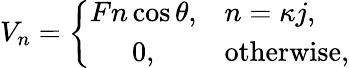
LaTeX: \begin{array}{r}{V_{n}=\left\{ \begin{array}{cl}{Fn\cos{\theta},}&{n=\kappa j,}\\ {0,}&{\mathrm{otherwise},}\end{array}\right.}\end{array}